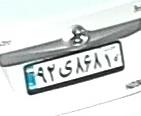
۹۲ی۸۶۸۱۰